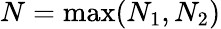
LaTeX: N=\operatorname*{max}(N_{1},N_{2})